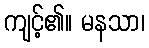
ကျင့်၏။ မနသာ၊